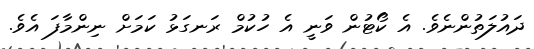
ދައުލަތުންނެވެ. އެ ކޯޓުން ވަނީ އެ ހުކުމް ރަނގަޅު ކަމަށް ނިންމާފަ އެވެ.